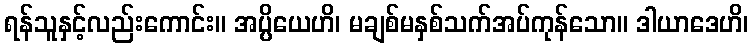
ရန်သူနှင့်လည်းကောင်း။ အပ္ပိယေဟိ၊ မချစ်မနှစ်သက်အပ်ကုန်သော။ ဒါယာဒေဟိ၊